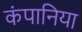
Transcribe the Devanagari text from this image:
कंपानिया